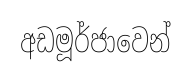
අඩමූර්ජාවෙන්